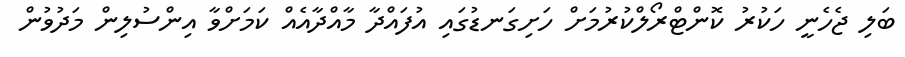
ބަލި ޖެހެނީ ހަކުރު ކޮންޓްރޯލްކުރުމަށް ހަށިގަނޑުގައި އުފައްދާ މާއްދާއެއް ކަމަށްވާ އިންސުލިން މަދުވުން